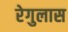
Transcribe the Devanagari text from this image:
रेगुलास